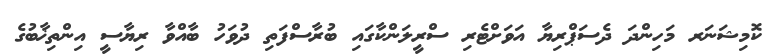
ކޮމިޝަނަރ މަހިންދަ ދެސަޕްރިޔާ އަވަށްޓެރި ސްރީލަންކާގައި ބުރާސްފަތި ދުވަހު ބާއްވާ ރިޔާސީ އިންތިޚާބުގެ